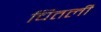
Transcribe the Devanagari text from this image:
चितली